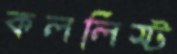
কললিস্ট